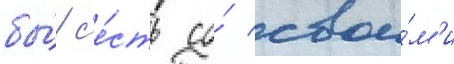
бы́ с'е́сть со́ свои́м'и